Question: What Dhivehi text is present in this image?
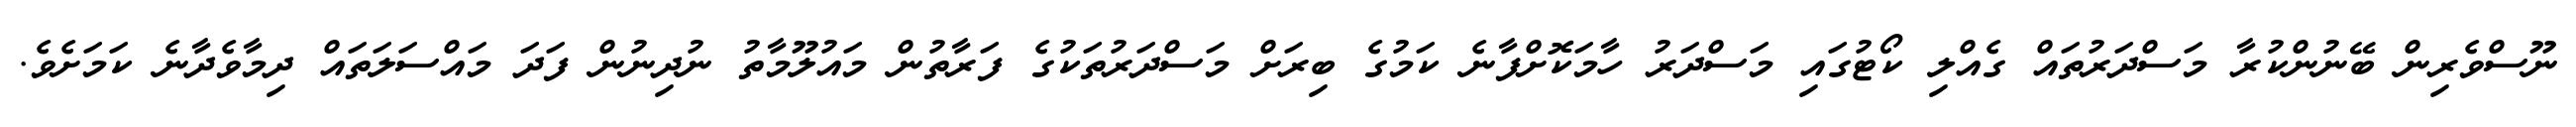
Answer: ނޫސްވެރިން ބޭނުންކުރާ މަސްދަރުތައް ގެއްލި ކޯޓުގައި މަސްދަރު ހާމަކޮށްފާނެ ކަމުގެ ބިރަށް މަސްދަރުތަކުގެ ފަރާތުން މައުލޫމާތު ނުދިނުން ފަދަ މައްސަލަތައް ދިމާވެދާނެ ކަމަށެވެ.